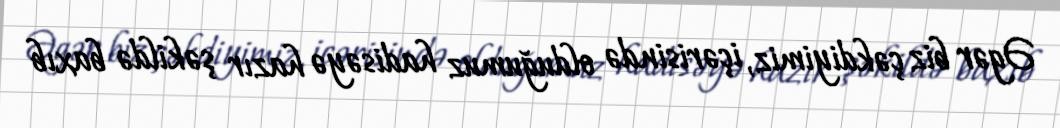
Əgər biz çəkdiyimiz, içərisində olduğumuz hadisəyə hazır şəkildə baxıb